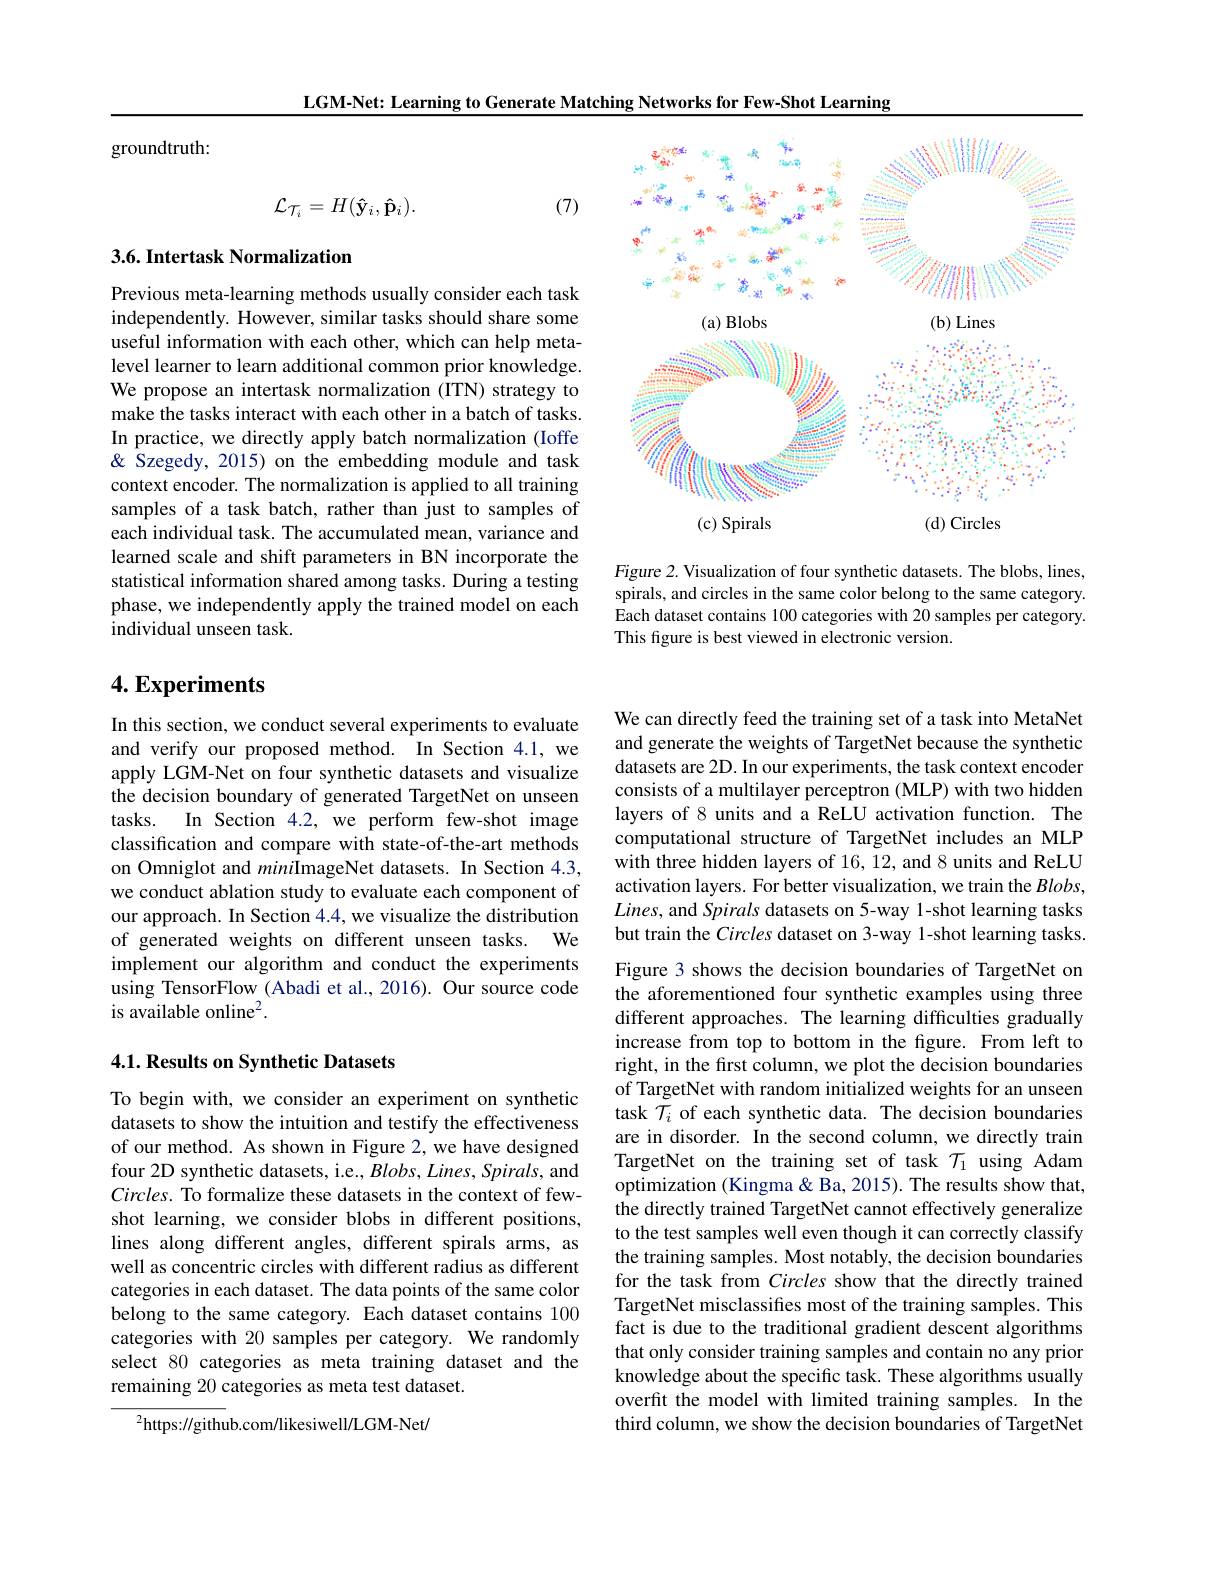
LGM-Net: Learning to Generate Matching Networks for Few-Shot Learning

<FigureHere>

Figure 2. Visualization of four synthetic datasets. The blobs, lines, spirals, and circles in the same color belong to the same category. Each dataset contains 100 categories with 20 samples per category. This figure is best viewed in electronic version

groundtruth:
$$\mathcal{L}_{\mathcal{T}_{i}}=H(\mathbf{\hat{y}}_{i},\mathbf{\hat{p}}_{i}).$$
(7)

## 3.6. Intertask Normalization

Previous meta-learning methods usually consider each task independently. However, similar tasks should share some useful information with each other, which can help metalevel learner to learn additional common prior knowledge. We propose an intertask normalization (ITN) strategy to make the tasks interact with each other in a batch of tasks. In practice, we directly apply batch normalization (Ioffe & Szegedy, 2015) on the embedding module and task context encoder. The normalization is applied to all training samples of a task batch, rather than just to samples of each individual task. The accumulated mean, variance and learned scale and shift parameters in BN incorporate the statistical information shared among tasks. During a testing phase, we independently apply the trained model on each individual unseen task.

## $4. \textbf{Experiments}$

In this section, we conduct several experiments to evaluate and verify our proposed method. In Section 4.1, we apply LGM-Net on four synthetic datasets and visualize the decision boundary of generated TargetNet on unseen tasks. In Section 4.2,we perform few-shot image classification and compare with state-of-the-art methods on Omniglot and miniImageNet datasets. In Section 4.3, we conduct ablation study to evaluate each component of our approach. In Section 4.4, we visualize the distribution of generated weights on different unseen tasks. We implement our algorithm and conduct the experiments using TensorFlow (Abadi et al., 2016). Our source code is available online$^2.$

## 4.1. Results on Synthetic Datasets

To begin with, we consider an experiment on synthetic datasets to show the intuition and testify the effectiveness of our method. As shown in Figure 2, we have designed four 2D synthetic datasets, i.e., Blobs, Lines, Spirals, and Circles. To formalize these datasets in the context of fewshot learning, we consider blobs in different positions, lines along different angles, different spirals arms, as well as concentric circles with different radius as different categories in each dataset. The data points of the same color belong to the same category. Each dataset contains 100 categories with 20 samples per category. We randomly select 80 categories as meta training dataset and the remaining 20 categories as meta test dataset.

$^2$https://github.com/likesiwell/LGM-Net/

We can directly feed the training set of a task into MetaNet and generate the weights of TargetNet because the synthetic datasets are 2D. In our experiments, the task context encoder consists of a multilayer perceptron (MLP) with two hidden layers of 8 units and a ReLU activation function. The computational structure of TargetNet includes an MLP with three hidden layers of 16, 12, and 8 units and ReLU activation layers. For better visualization, we train the $Blobs$, $Lines$, and Spirals datasets on 5-way 1-shot learning tasks but train the Circles dataset on 3-way 1-shot learning tasks. Figure 3 shows the decision boundaries of TargetNet on the aforementioned four synthetic examples using three different approaches. The learning difficulties gradually increase from top to bottom in the figure. From left to right, in the first column, we plot the decision boundaries of TargetNet with random initialized weights for an unseen task $\mathcal{T}_i$ of each synthetic data. The decision boundaries are in disorder. In the second column, we directly train TargetNet on the training set of task $\mathcal{T}_1$ using Adam optimization (Kingma & Ba, 2015). The results show that, the directly trained TargetNet cannot effectively generalize to the test samples well even though it can correctly classify the training samples. Most notably, the decision boundaries for the task from Circles show that the directly trained TargetNet misclassifes most of the training samples. This fact is due to the traditional gradient descent algorithms that only consider training samples and contain no any prior knowledge about the specific task. These algorithms usually overfit the model with limited training samples. In the third column, we show the decision boundaries of TargetNet